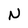
Character: N